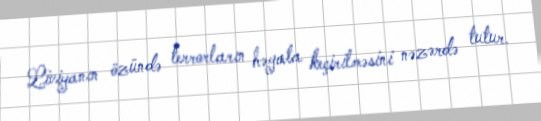
Liviyanın özündə terrorların həyata keçirilməsini nəzərdə tutur.